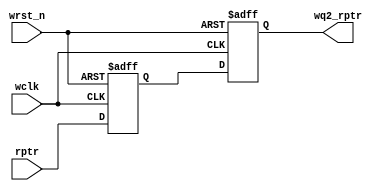
// Asynchronous FIFO Pointer sync from read to write clock.
// Copied and pasted from Cliff Cummings' 2002 SNUG paper Rev 1.2
module ASYNC_FIFO_SYNC_R2W 
  #(parameter ADDRSIZE = 4)
   (output reg [ADDRSIZE:0] wq2_rptr,
    input [ADDRSIZE:0] rptr,
    input wclk, wrst_n);
   
   reg [ADDRSIZE:0] wq1_rptr;

   always @(posedge wclk or negedge wrst_n)
     if (!wrst_n) {wq2_rptr,wq1_rptr} <= 0;
     else {wq2_rptr,wq1_rptr} <= {wq1_rptr,rptr};

endmodule